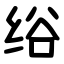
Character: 绤